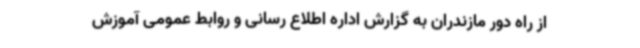
از راه دور مازندران به گزارش اداره اطلاع رسانی و روابط عمومی آموزش